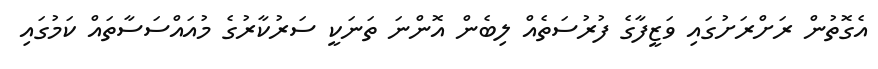
އެގޮތުން ރަށްރަށުގައި ވަޒީފާގެ ފުރުސަތެއް ލިބެން އޮންނަ ތަނަކީ ސަރުކާރުގެ މުއައްސަސާތައް ކަމުގައި